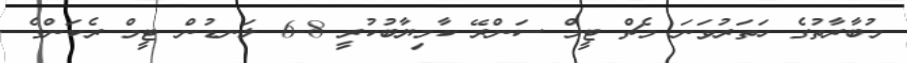
މުބާރާތުގެ ހަތަރުވަނަ މެޗް ޓީމް ސަންރޭ ކާމިޔާބުކުރީ 8-6 ލަނޑުން ޓީމް ރެކަންގެ